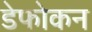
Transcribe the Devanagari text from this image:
डेफोकन